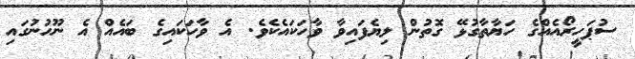
ސުޕަހީރޯއެއްގެ ހަޔާތާގުޅޭ ގޮތުން ލިޔެފައިވާ ވާހަކައެކެވެ. އެ ވާހަކައިގެ ބައެއް އެ ނޫހުނުގައި